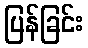
ပြန်ခြင်း